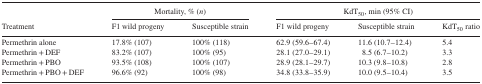
<table><thead><tr><td></td><td colspan="2"><b>Mortality, % (<i>n</i>)</b></td><td colspan="3"><b>KdT<sub>50</sub>, min (95% CI)</b></td></tr><tr><td><b>Treatment</b></td><td><b>F1 wild progeny</b></td><td><b>Susceptible strain</b></td><td><b>F1 wild progeny</b></td><td><b>Susceptible strain</b></td><td><b>KdT<sub>50</sub> ratio</b></td></tr></thead><tbody><tr><td>Permethrin alone</td><td>17.8% (107)</td><td>100% (118)</td><td>62.9 (59.6–67.4)</td><td>11.6 (10.7–12.4)</td><td>5.4</td></tr><tr><td>Permethrin + DEF</td><td>83.2% (107)</td><td>100% (95)</td><td>28.1 (27.0–29.1)</td><td> 8.5 (6.7–10.2)</td><td>3.3</td></tr><tr><td>Permethrin + PBO</td><td>93.5% (108)</td><td>100% (107)</td><td>28.9 (28.1–29.7)</td><td>10.3 (9.8–10.8)</td><td>2.8</td></tr><tr><td>Permethrin + PBO + DEF</td><td>96.6% (92)</td><td>100% (98)</td><td>34.8 (33.8–35.9)</td><td>10.0 (9.5–10.4)</td><td>3.5</td></tr></tbody></table>